Annual report of the Punjab Veterinary College and of the Civil Veterinary Department, Punjab - 1894-1908
Year: 1894
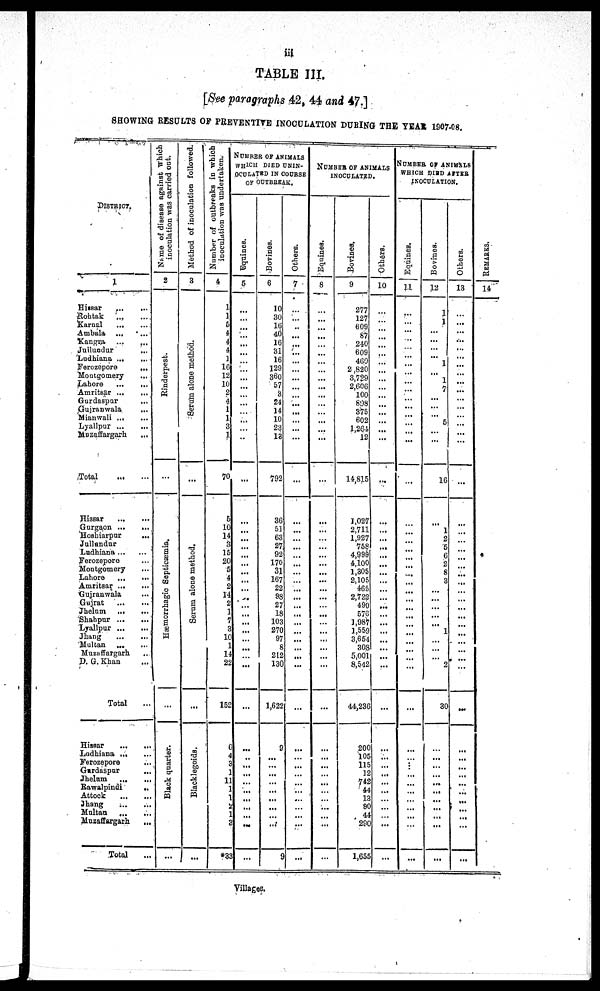
iii
TABLE III.
[See paragraphs 42, 44 and 47.]
SHOWING RESULTS OF PREVENTIVE INOCULATION DURING THE YEAR 1907-08.
DISTRICT.
1
Hissar ... ... ...
Rohtak ... ...
Karnal
...
...
Ambala ... ...
Kangra
...
...
Jullundur ... ...
Ludhiana ...
...
Ferozepore
...
Montgomery ... ...
Lahore
... ... ...
Amritsar ...
...
Gurdaspur ... ...
Gujranwala
... ...
Mianwali ...
...
Lyallpur ... ...
Muzaffargarh ... ...
Total ... ...
Hissar
...
...
Gurgaon ...
...
Hoshiarpur ... ...
Jullandur ... ...
Ludhiana ... ...
Ferozepore ... ...
Montgomery ... ...
Lahore
...
...
Amritsar ... ...
Gujranwala ... ...
Gujrat
...
...
Jhelum
...
...
Shahpur
...
...
Lyallpur ... ...
Jhang ... ...
Multan
...
...
Muzaffargarh ... ...
P. G. Khan ... ...
Total ...
Hissar
...
...
Ludhiana ... ...
Ferozepore
.... ...
Gurdaspur ... ...
Jhelum
...
...
Rawalpindi ... ...
Attock
...
...
Jhang
...
...
Multan
...
...
Muzaffargarh
... ...
Total ...
Name
of disease against Which
inoculation was carried out.
2
Rinderpest.
Hæmorrhagic Septicæmia.
...
Black quarter.
...
Method of inoculation followed.
3
Serum alone method.
...
Se r
um alone method.
...
Blacklegoids.
...
Number of outbreaks in which
inoculation was undertaken.
4
1
1
5
4
4
4
1
16
12
10
2
4
I
1
3
1
70
5
10
14
3
15
20
5
4
2
14
2
1
7
3
10
1
14
22
152
6
4
3
1
11
1
1
2
1
3
*33
NUMBER OF ANIMALS
WHICH DIED UNIN-
OCULATED IN COURSE
OF OUTBREAK.
Equines.
5
...
...
...
...
...
...
...
...
...
...
...
...
...
...
...
...
...
...
...
...
...
...
...
...
...
...
...
...
...
...
...
...
...
...
...
...
Bovines.
6
10
30
10
40
16
31
16
129
360
57
3
24
14
10
23
13
792
36
51
63
27
92
170
31
167
22
98
27
18
103
270
97
8
212
130
1,622
9
...
...
...
...
...
...
...
...
...
9
Others.
7
...
...
...
...
...
...
...
...
...
...
...
...
...
...
...
...
...
...
...
...
...
...
...
...
...
...
...
...
...
...
...
...
...
...
...
...
...
...
...
...
...
...
...
...
NUMBER OF ANIMALS
INOCULATED.
Equines.
8
...
...
...
...
...
...
...
...
...
......
......
...
...
...
...
...
...
...
...
...
...
...
...
...
...
...
...
...
...
...
...
...
...
...
...
...
...
...
...
...
...
...
...
...
...
Bovines.
9
277
127
609
87
240
609
460
2,820
3,729
2,006
100
898
375
602
1,264
12
14,815
1,027
2,711
1,927
758
4,999
4,100
1,305
2,105
465
2,722
490
576
1,987
1,559
3,651
303
5,001
8,542
44,236
200
105
115
12
742
44
13
90
44
290
1,655
Others,
10
...
...
...
...
...
...
...
...
...
...
...
...
...
...
...
...
...
...
...
...
...
...
...
...
...
...
...
...
...
...
...
...
...
...
...
...
...
...
...
...
...
...
...
...
...
NUMBER OF ANIMALS
WHICH DIED AFTER
INOCULATION.
Equines.
11
...
...
...
...
..
...
...
...
...
...
...
...
...
...
...
...
...
...
...
...
...
...
...
...
...
...
...
...
...
...
...
...
...
...
...
...
...
...
...
...
...
...
...
...
...
...
...
Bovines.
12
...
1
1
...
...
...
...
...
...
7
...
...
...
5
...
...
16
...
1
2
5
6
2
8
3
...
...
...
...
...
1
...
...
...
2
30
...
...
...
...
...
...
...
...
...
...
...
Others.
13
...
...
...
...
...
...
...
...
...
...
...
...
...
...
...
...
...
...
...
...
...
...
...
...
...
...
...
...
...
...
...
...
... ...
...
...
...
...
...
...
...
...
...
...
...
...
...
REMARKS .
14
...
Villages.